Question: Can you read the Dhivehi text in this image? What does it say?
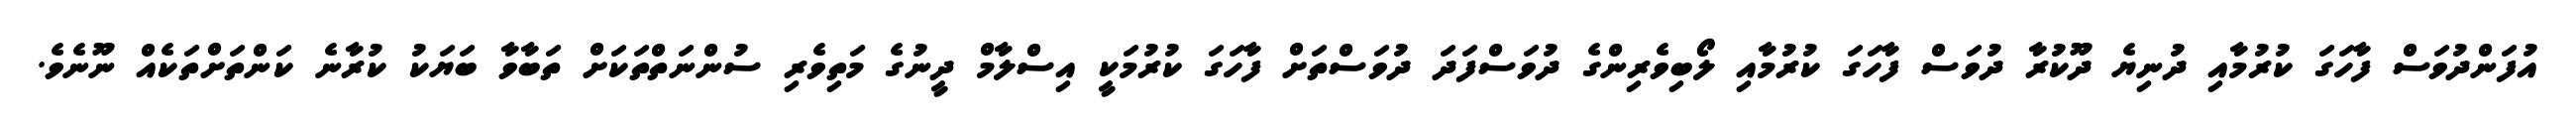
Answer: އުފަންދުވަސް ފާހަގަ ކުރުމާއި ދުނިޔެ ދޫކުރާ ދުވަސް ފާހަގަ ކުރުމާއި ލޯބިވެރިންގެ ދުވަސްފަދަ ދުވަސްތަށް ފާހަގަ ކުރުމަކީ އިސްލާމް ދީނުގެ މަތިވެރި ސުންނަތްތަކަށް ތަބާވާ ބަޔަކު ކުރާނެ ކަންތަށްތަކެއް ނޫނެވެ.